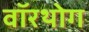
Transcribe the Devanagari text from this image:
वॉरथोग